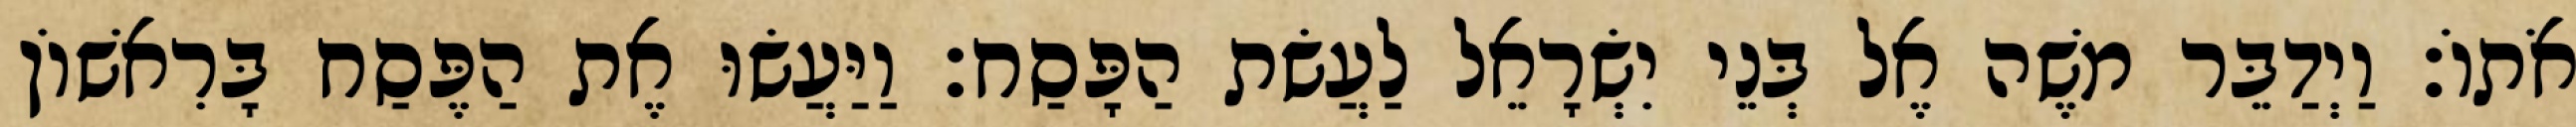
אֹתוֹ׃ וַיְדַבֵּר משֶׁה אֶל בְּנֵי יִשְׂרָאֵל לַעֲשׂת הַפָּסַח׃ וַיַּעֲשׂוּ אֶת הַפֶּסַח בָּרִאשׁוֹן